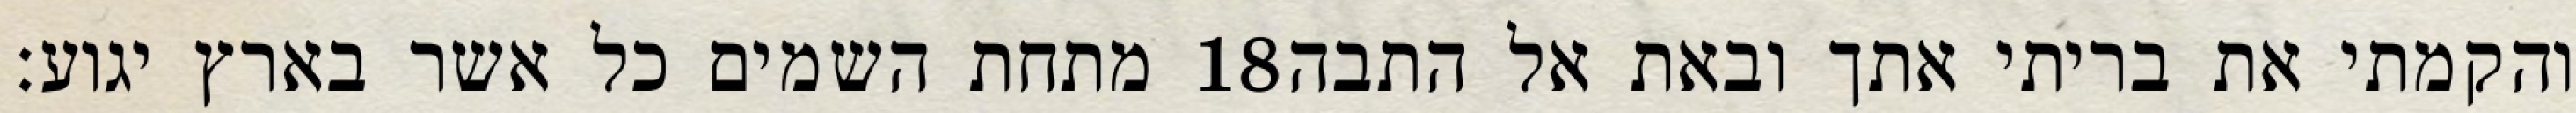
מתחת השמים כל אשר בארץ יגוע׃ ‎18‏ והקמתי את בריתי אתך ובאת אל התבה